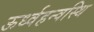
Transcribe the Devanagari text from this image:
ऊर्ध्वहन्वस्थि